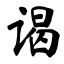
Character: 谒